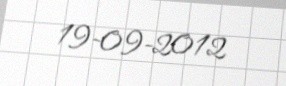
19-09-2012